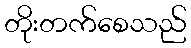
တိုးတက်စေသည်